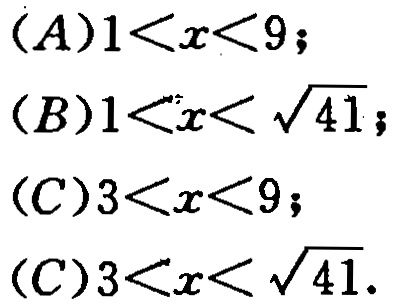
\((A)1<x<9;\)

\((B)1<x<\sqrt{41};\)

\((C)3<x<9;\)

\((D)3<x<\sqrt{41}.\)